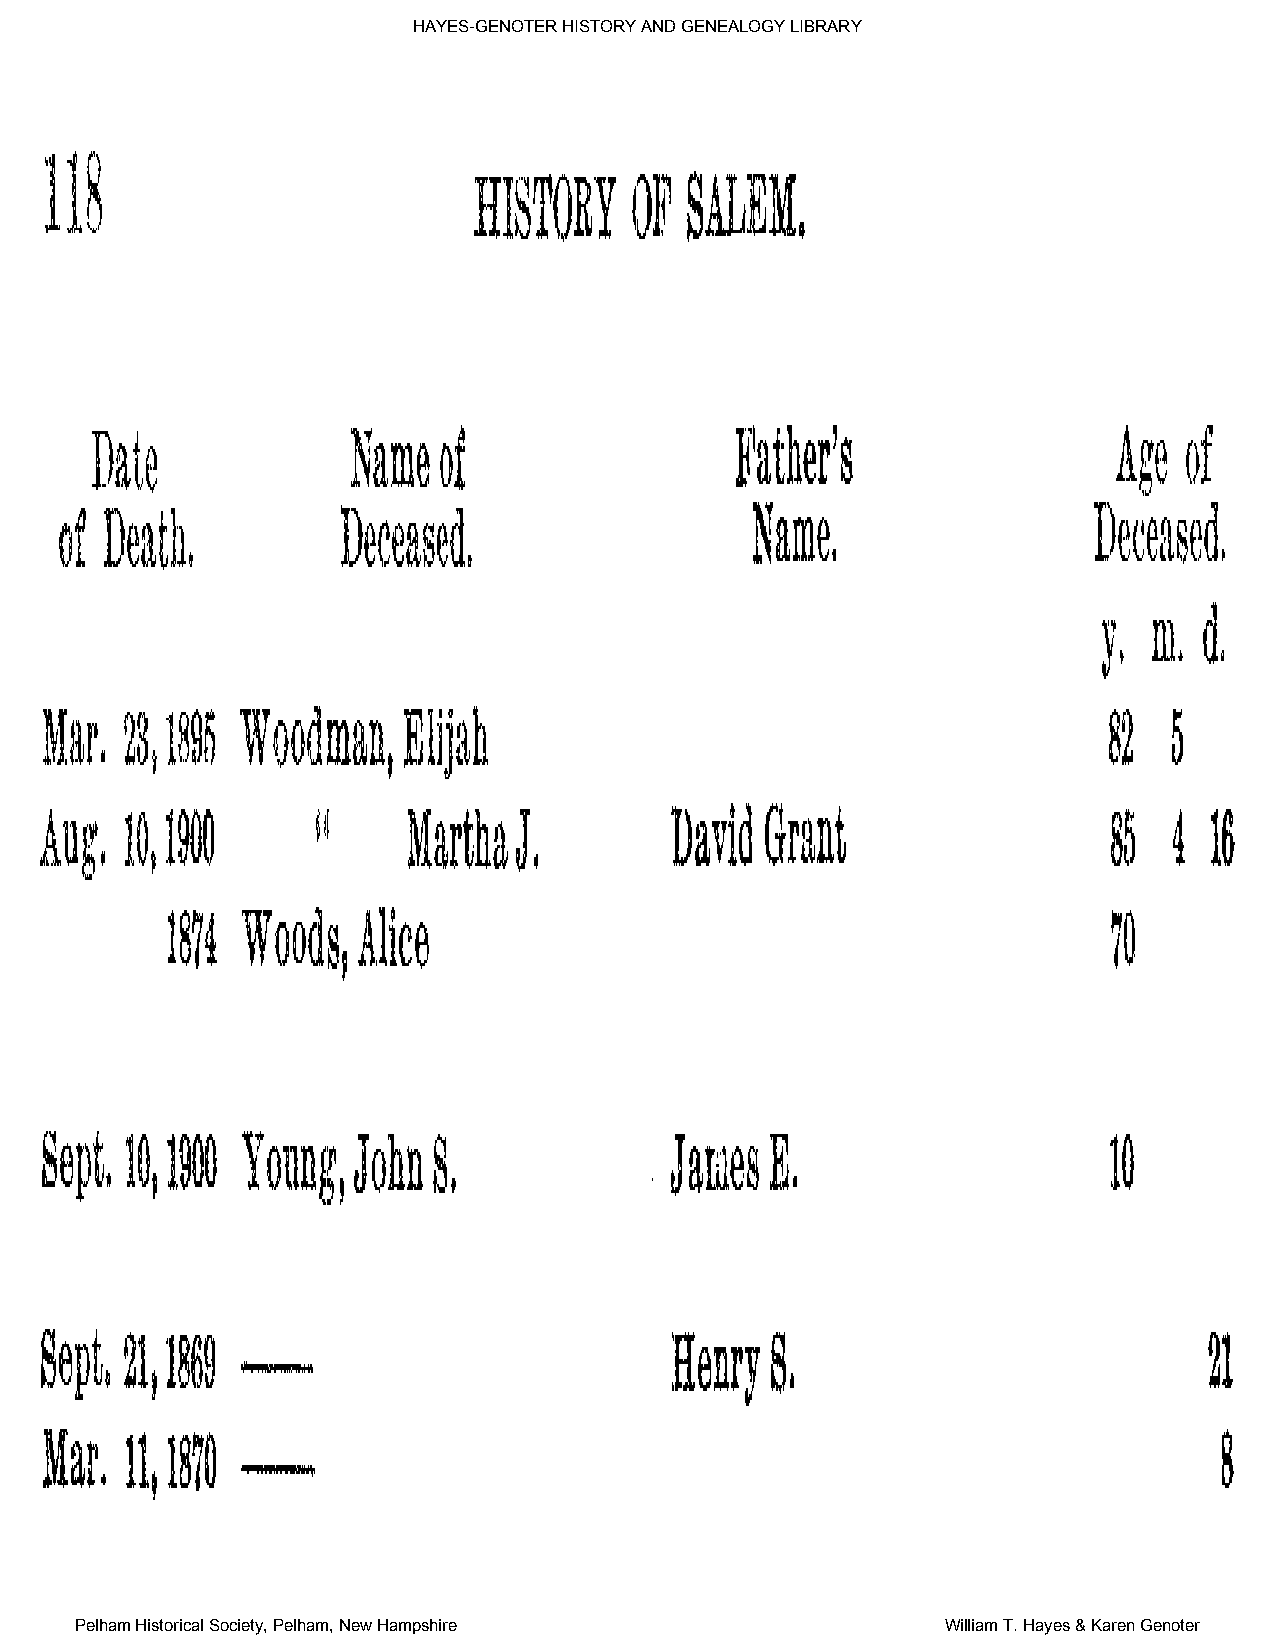
HAYES-GENOTER HISTORY AND GENEALOGY LIBRARY
 Pelham Historical Society, Pelham, New Hampshire          William T. Hayes & Karen Genoter